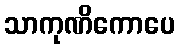
သာကုဏိကောပေ